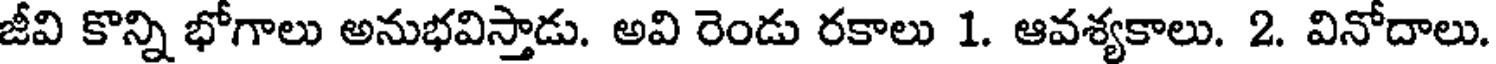
జీవి కొన్ని భోగాలు అనుభవిస్తాడు. అవి రెండు రకాలు 1. ఆవశ్యకాలు. 2. వినోదాలు.